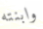
وابنته